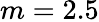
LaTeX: m=2.5